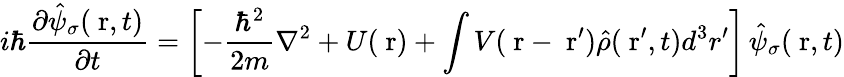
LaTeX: i\hbar\frac{\partial\hat{\psi}_{\sigma}(\mathrm{\mathbf~r},t)}{\partial t}=\left[-\frac{\hbar^{2}}{2m}\nabla^{2}+U(\mathrm{\mathbf~r})+\int V(\mathrm{\mathbf~r}-\mathrm{\mathbf~r}^{\prime})\hat{\rho}(\mathrm{\mathbf~r}^{\prime},t)d^{3}r^{\prime}\right]\, \hat{\psi}_{\sigma}(\mathrm{\mathbf~r},t)